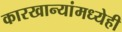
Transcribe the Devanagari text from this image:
कारखान्यांमध्येही